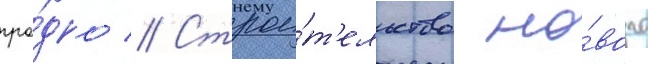
гро́дно // Строи́т'ельство но́вого